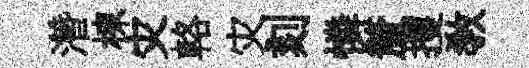
濳棟灾輅灾刻憐釐攫敎